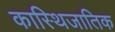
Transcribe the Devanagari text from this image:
कास्थिजातिक